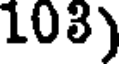
103)